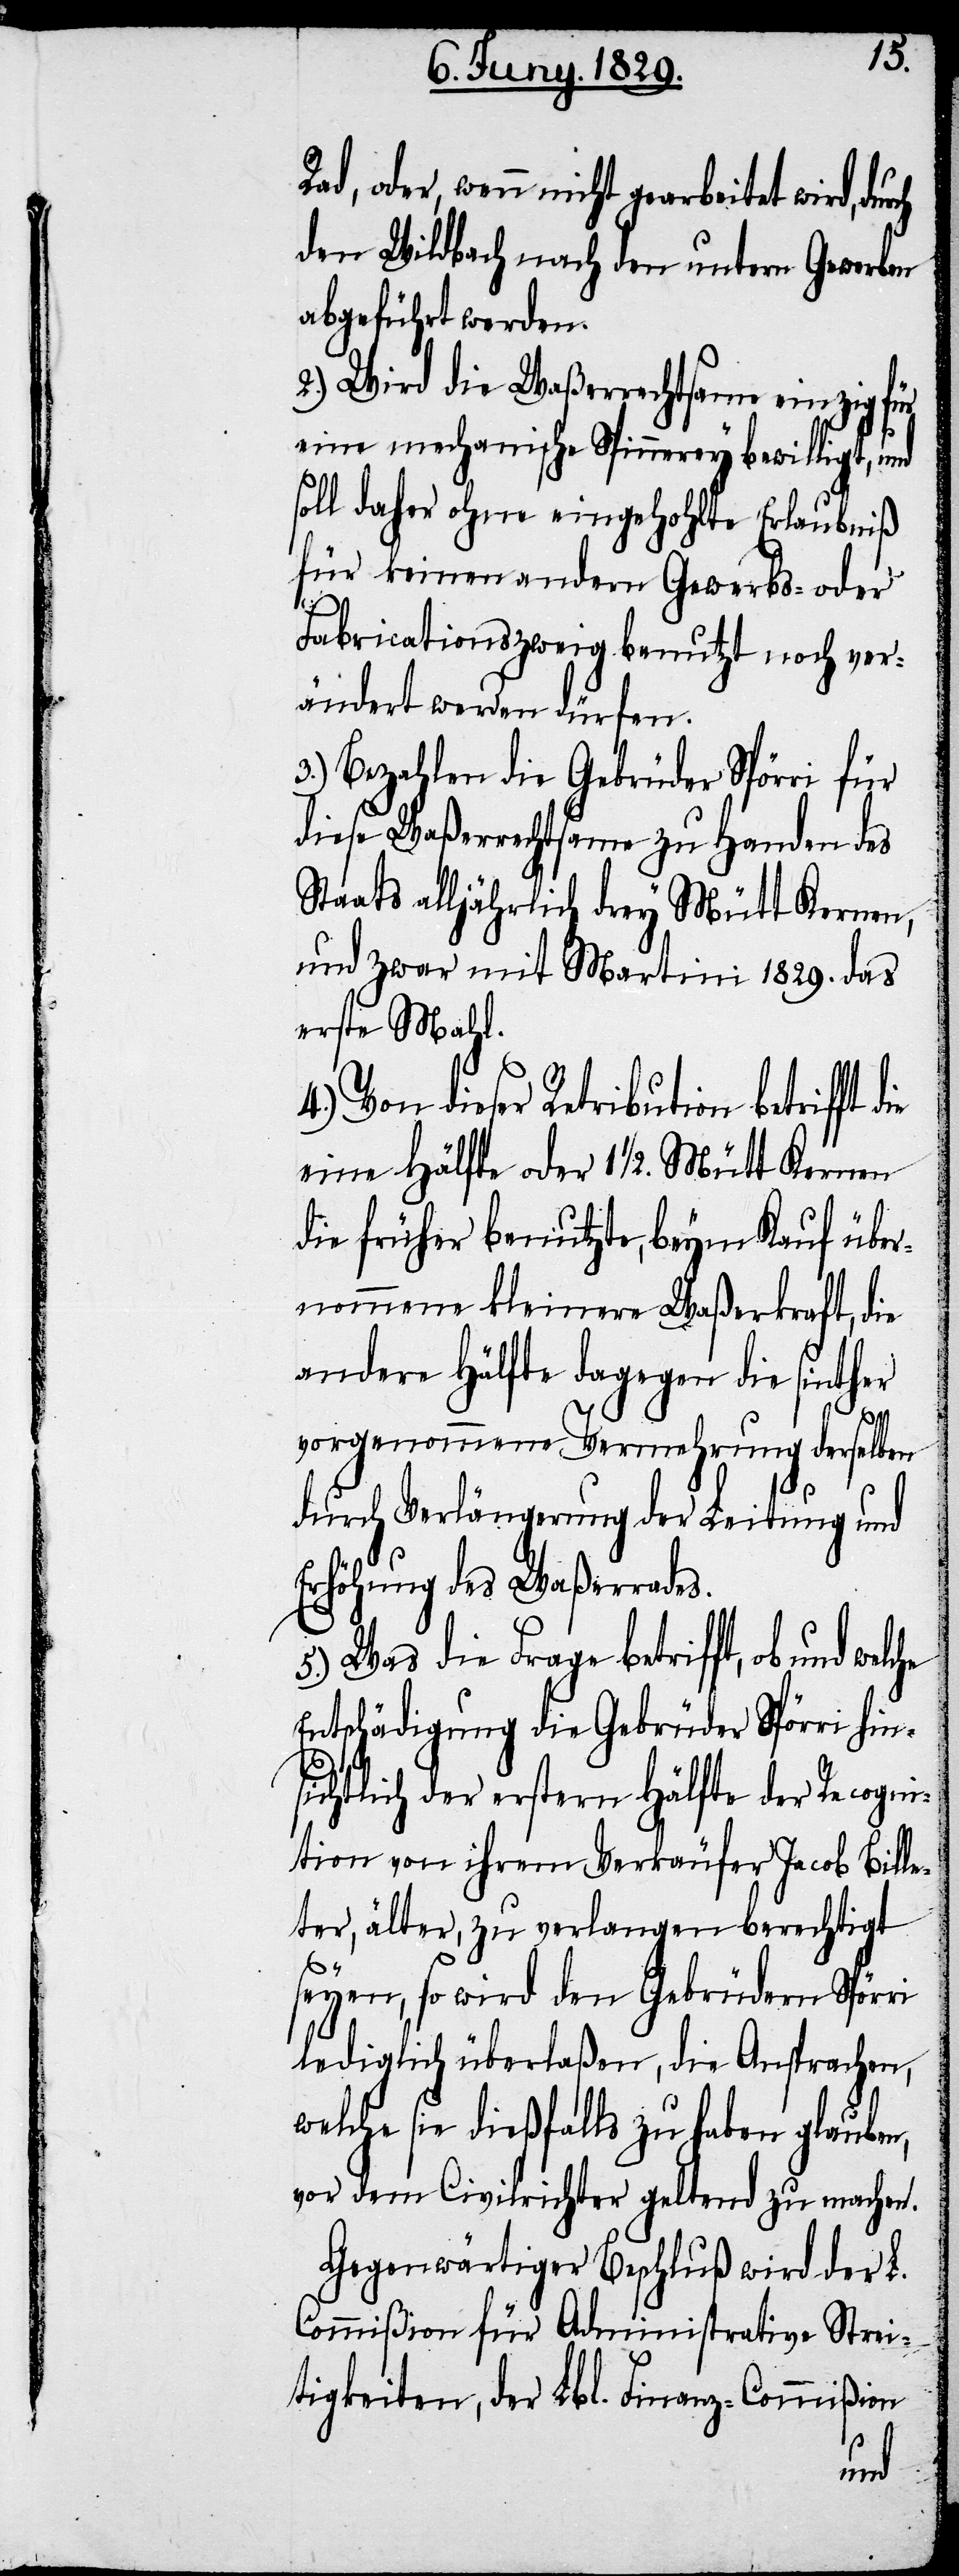
Rad, oder, wenn nicht gearbeitet wird, dur¬
den Wildbach nach den untern Gewerben
abgeführt werden.
2.) Wird die Waßerrechtsame einzig für
eine mechanische Spinnerey bewilligt, und
soll daher ohne eingehohlte Erlaubniß
für keinen andern Gewerbs- oder
n,
Fabricationszweig benutzt noch ver¬
ändert werden dürfen.
3.) Bezahlen die Gebrüder Spörri für
diese Waßerrechtsame zu Handen des
Staats alljährlich drey Mütt Kernen,
und zwar mit Martini 1829. das
erste Mahl.
4.) Von dieser Retribution betrifft d¬
eine Hälfte oder 1½. Mütt Kernen
die früher benutzte, beym Kauf über¬
nommene kleinere Waßerkraft, die
andere Hälfte dagegen die sinther
vorgenommene Vermehrung derselben
durch Verlängerung der Leitung und
Erhöhung des Waßerrades.
5.) Was die Frage betrifft, ob und
Entschädigung die Gebrüder Spörri hin¬
sichtlich der erstern Hälfte der Recogni¬
tion von ihrem Verkäufer Jacob Bille¬
ter, älter, zu verlangen berechtigt
seyen, so wird den Gebrüdern Spörri
lediglich überlaßen, die Ansprachen,
elche sie dießfalls zu haben glaube¬
vor dem Civilrichter geltend zu machen.
Gegenwärtiger Beschluß wird der L.
Commißion für Administrative Strei¬
tigkeiten, der Lbl. Finanz-Commißion